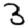
Digit: 3